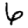
Digit: 6